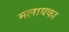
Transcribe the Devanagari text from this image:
मलायका